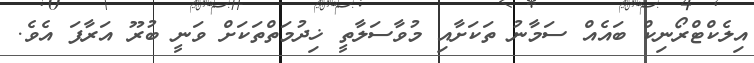
އިލެކްޓްރޯނިކް ބައެއް ސަމާނު ތަކަށާއި މުވާސަލާތީ ޚިދުމަތްތަކަށް ވަނީ ބުރޫ އަރާފަ އެވެ.